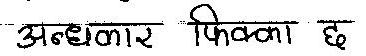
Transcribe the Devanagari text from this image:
अन्धकार फिका छ